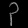
Digit: ၃